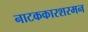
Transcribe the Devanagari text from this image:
नाटककारशरमन